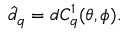
\hat { d } _ { q } = d C _ { q } ^ { 1 } ( \theta , \phi ) .